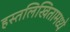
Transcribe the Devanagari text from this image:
हस्तलिखितामध्ये